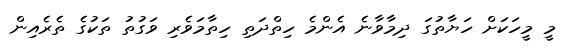
މީ މީހަކަށް ހަޔާތުގަ ދިމާވާނެ އެންމެ ހިތްދަތި ހިތާމަވެރި ވަގުތު ތަކުގެ ތެރެއިން